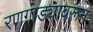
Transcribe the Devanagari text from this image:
रणगाड्यावरून